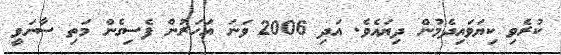
ކުރެވި ކިޔަވައިދެމުން ދިޔައެވެ. އަދި 2006 ވަނަ އަހަރުން ފެސިގެން މަތި ސާނަވީ